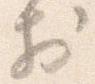
於